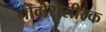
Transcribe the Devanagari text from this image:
नोवोरोसीस्क